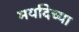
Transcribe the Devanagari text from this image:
मर्यादेच्या